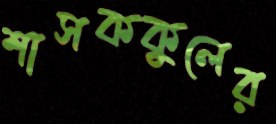
শাসককুলের